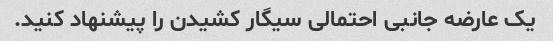
یک عارضه جانبی احتمالی سیگار کشیدن را پیشنهاد کنید.